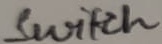
Text: Switch